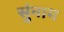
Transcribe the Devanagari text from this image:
सुंनाम